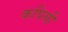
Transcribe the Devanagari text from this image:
कपिसी